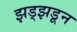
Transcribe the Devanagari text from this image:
झड्झडून